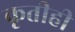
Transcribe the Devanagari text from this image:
कृतीही